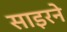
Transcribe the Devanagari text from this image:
साइरने